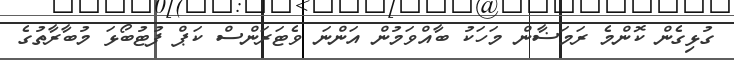
ގުޅިގެން ކޮންމެ ރަމަޟާން މަހަކު ބާއްވަމުން އަންނަ ވެޓަރަންސް ކަޕް ފުޓުބޯޅަ މުބާރާތުގެ